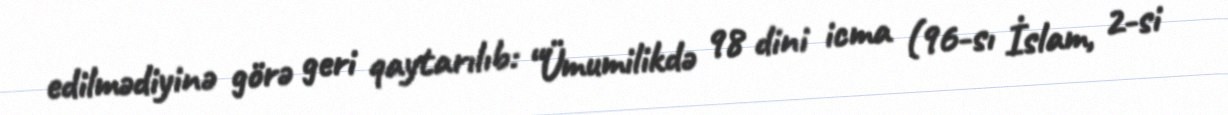
edilmədiyinə görə geri qaytarılıb: “Ümumilikdə 98 dini icma (96-sı İslam, 2-si